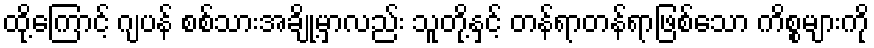
ထို့ကြောင့် ဂျပန် စစ်သားအချို့မှာလည်း သူတို့နှင့် တန်ရာတန်ရာဖြစ်သော ကိစ္စများကို